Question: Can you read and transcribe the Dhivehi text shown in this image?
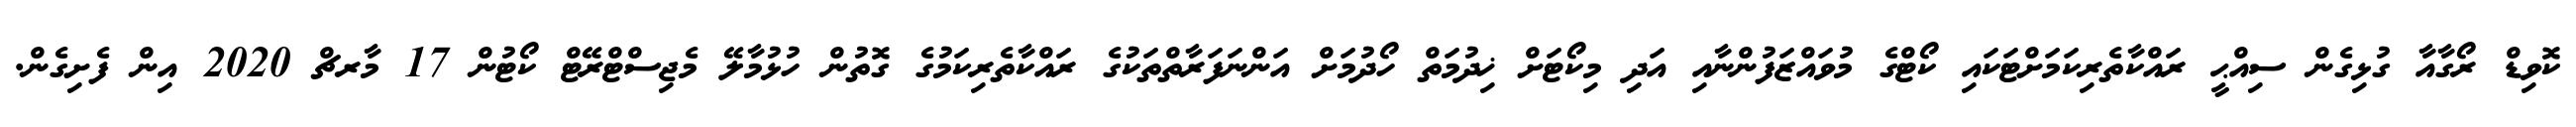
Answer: ކޮވިޑް ރޯގާއާ ގުޅިގެން ސިއްޙީ ރައްކާތެރިކަމަށްޓަކައި ކޯޓްގެ މުވައްޒަފުންނާއި އަދި މިކޯޓަށް ޚިދުމަތް ހޯދުމަށް އަންނަފަރާތްތަކުގެ ރައްކާތެރިކަމުގެ ގޮތުން ހުޅުމާލޭ މެޖިސްޓްރޭޓް ކޯޓުން 17 މާރޗް 2020 އިން ފެށިގެން.